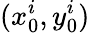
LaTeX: (x_{0}^{i},y_{0}^{i})